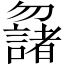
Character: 𠤌